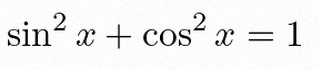
\sin^2x+\cos^2x=1